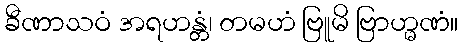
ခီဏာသဝံ အရဟန္တံ၊ တမဟံ ဗြူမိ ဗြာဟ္မဏံ။